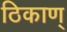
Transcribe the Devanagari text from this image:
ठिकाण्